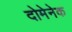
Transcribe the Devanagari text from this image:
दोमेनेक